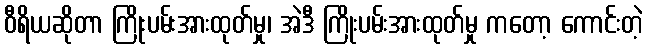
ဝီရိယဆိုတာ ကြိုးပမ်းအားထုတ်မှု၊ အဲဒီ ကြိုးပမ်းအားထုတ်မှု ကတော့ ကောင်းတဲ့